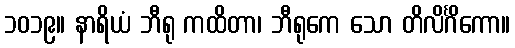
၁၀၁၉။ နာရိယံ ဘီရု ကထိတာ၊ ဘီရုကေ သော တိလိင်္ဂိကော။